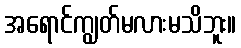
အရောင်ကျွတ်မလားမသိဘူး။